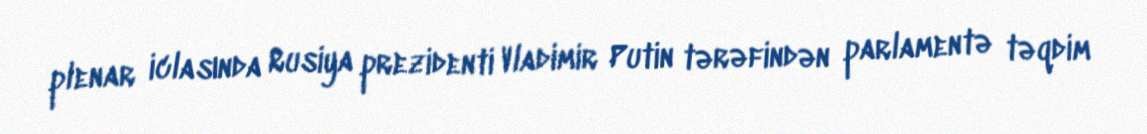
plenar iclasında Rusiya prezidenti Vladimir Putin tərəfindən parlamentə təqdim